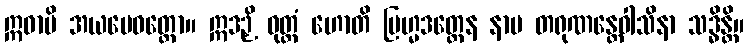
ဣဓာပိ အယမေဝတ္ထော။ ဣဒဉှိ ဝုတ္တံ ဟောတိ ဗြဟ္မဒတ္တေန နာမ တရုဏန္တေဝါသိနာ သဒ္ဓိန္တိ။